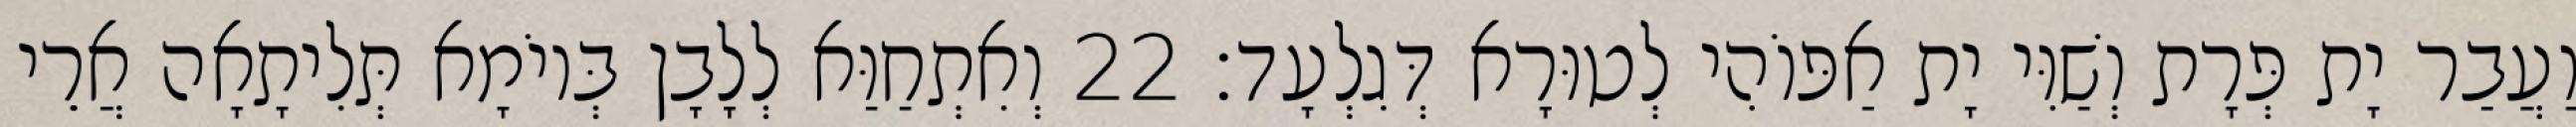
וַעֲבַר יָת פְּרָת וְשַׁוִּי יָת אַפּוֹהִי לְטוּרָא דְּגִלְעָד׃ 22 וְאִתְחַוַּא לְלָבָן בְּיוֹמָא תְּלִיתָאָה אֲרֵי